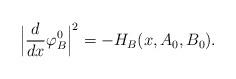
LaTeX: \begin{align*} \Big|\frac{d}{dx}\varphi_B^0\Big|^2= -H_B(x,A_0,B_0).\end{align*}